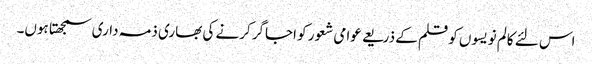
اس لئے کالم نویسوں کو قلم کے ذریعے عوامی شعور کو اجاگر کرنے کی بھاری ذمہ داری سمجھتا ہوں۔